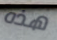
هذه